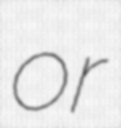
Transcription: or